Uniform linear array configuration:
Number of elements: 16
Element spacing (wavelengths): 1
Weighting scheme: kaiser
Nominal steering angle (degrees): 45
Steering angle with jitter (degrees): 45.652
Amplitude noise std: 0.05
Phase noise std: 0.05

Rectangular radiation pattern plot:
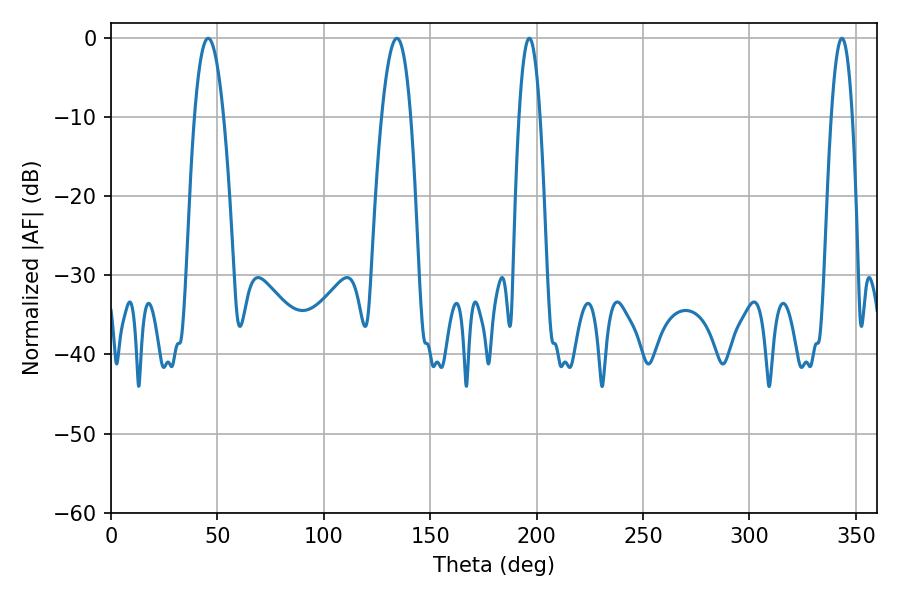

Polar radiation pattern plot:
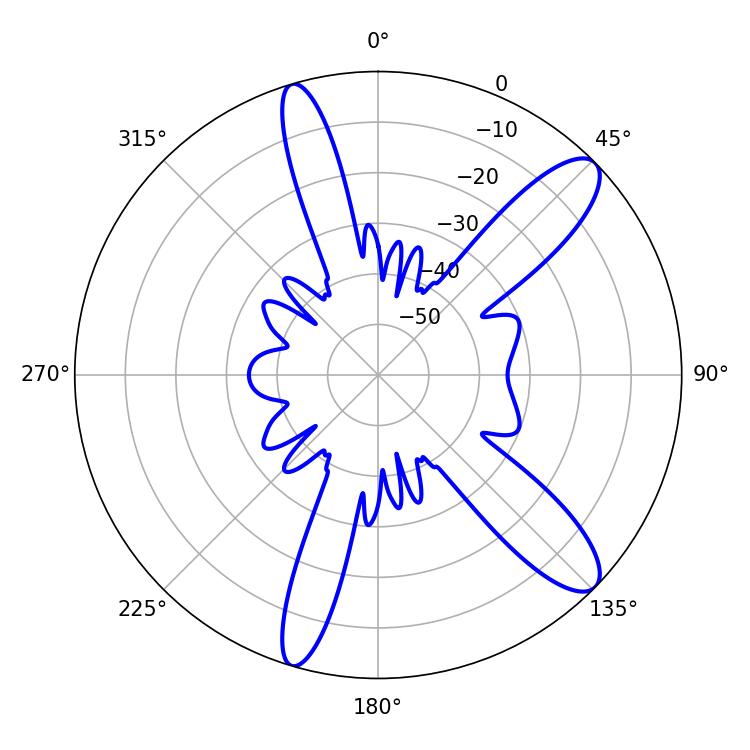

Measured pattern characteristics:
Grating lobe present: TRUE
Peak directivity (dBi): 11.41
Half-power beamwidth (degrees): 5.4
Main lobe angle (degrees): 196.56